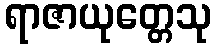
ရာဇာယုတ္တေသု